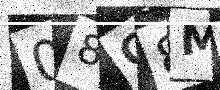
Text: 08G8M2